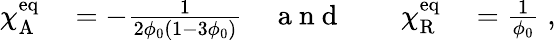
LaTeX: \begin{array}{rlrlrl}{\chi_{\mathrm{A}}^{\mathrm{eq}}}&{{}=-\frac{1}{2\phi_{0}(1-3\phi_{0})}}&{\mathrm{~a~n~d~}}&{{}}&{\chi_{\mathrm{R}}^{\mathrm{eq}}}&{{}=\frac{1}{\phi_{0}}\; ,}\end{array}